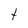
Character: t